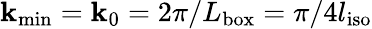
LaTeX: \mathbf{k}_{\mathrm{{min}}}=\mathbf{k}_{0}=2\pi/L_{\mathrm{{box}}}=\pi/4l_{\mathrm{{iso}}}